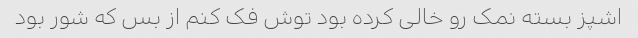
اشپز بسته نمک رو خالی کرده بود توش فک کنم از بس که شور بود